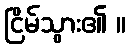
ငြိမ်သွား၏ ။